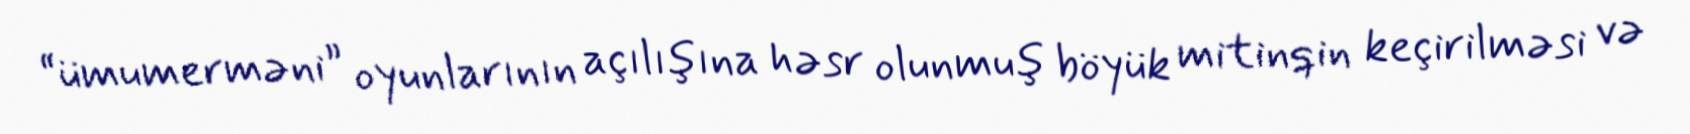
“ümumerməni” oyunlarının açılışına həsr olunmuş böyük mitinqin keçirilməsi və